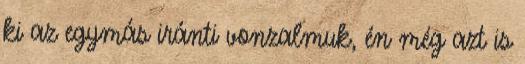
ki az egymás iránti vonzalmuk, én még azt is